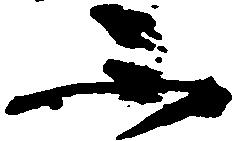
不